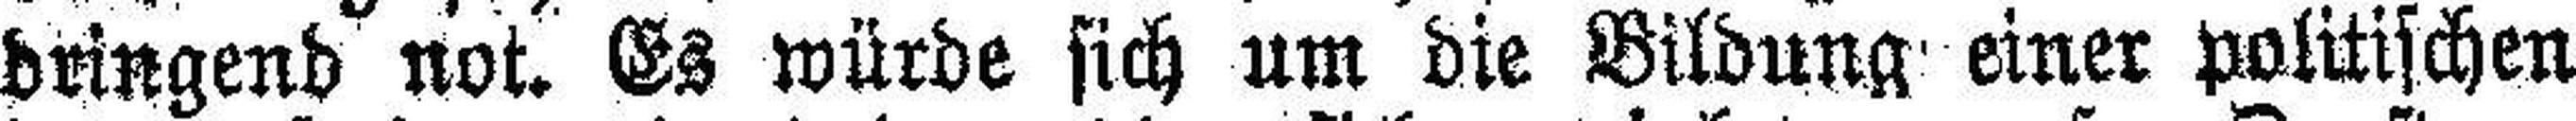
dringend not. Es würde sich um die Bildung einer politischen